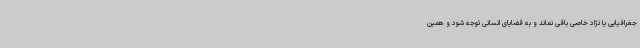
جغرافیایی یا نژاد خاصی باقی نماند و به قضایای انسانی توجه شود و همین